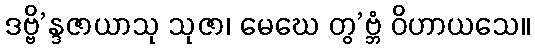
ဒဗ္ဗိ’န္ဒဇာယာသု သုဇာ၊ မေဃေ တွ’ဗ္ဘံ ဝိဟာယသေ။